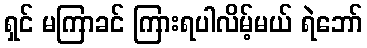
ရှင် မကြာခင် ကြားရပါလိမ့်မယ် ရဲဘော်